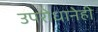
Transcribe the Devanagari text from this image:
उपरोधानेही